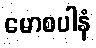
မောစပါနံ